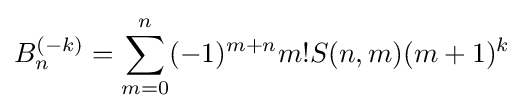
B_{n}^{(-k)}=\sum _{m=0}^{n}(-1)^{m+n}m!S(n,m)(m+1)^{k}